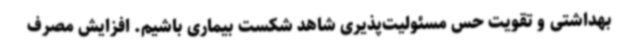
بهداشتی و تقویت حس مسئولیت‌پذیری شاهد شکست بیماری باشیم. افزایش مصرف